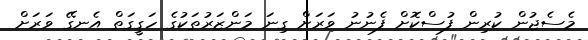
މެސެޖުން ކުރިން ފުސްކޮށް ފެނުނު ވަރަށް ގިނަ މަންޒަރުތަކުގެ ހަގީގަތް އެނގޭ ވަރަށް